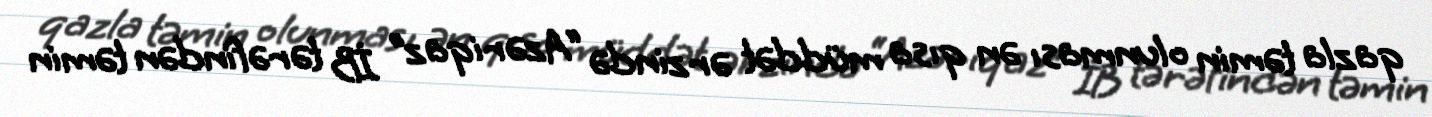
qazla təmin olunması ən qısa müddət ərzində “Azəriqaz” İB tərəfindən təmin